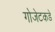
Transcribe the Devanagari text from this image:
गोजेटकडे